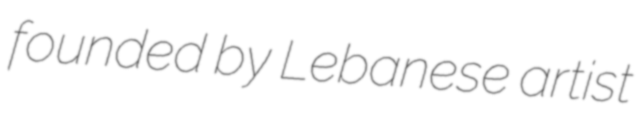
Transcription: founded by Lebanese artist